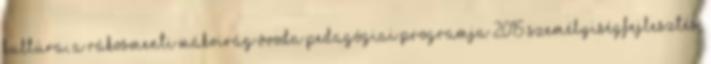
kultúra, A Rákosmenti Mákvirág Óvoda Pedagógiai Programja 2015 Személyiségfejlesztés,